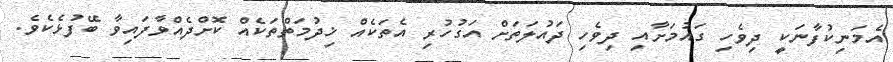
އެމަނިކުފާނަކީ ދިވެހި ގައުމަށާއި ދިވެހި ދައުލަތަށް އަގުހުރި އެތަކެއް ޚިދުމަތްތަކެއް ކޮށްދެއްވާފައިވާ ބޭފުޅެކެވެ.